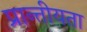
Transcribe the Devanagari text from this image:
प्रान्तीयता